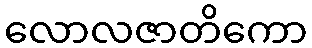
လောလဇာတိကော